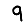
Digit: 9